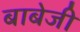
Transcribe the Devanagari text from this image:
बाबेजी